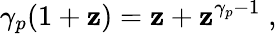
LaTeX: \gamma_{p}(1+\mathbf{z})=\mathbf{z}+\mathbf{z}^{\gamma_{p}-1}\; ,